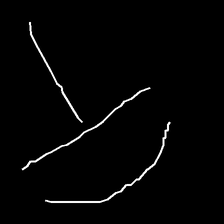
Glyph: dispersion